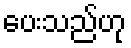
ပေးသည်ဟု